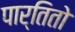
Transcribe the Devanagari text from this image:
पार्तितो